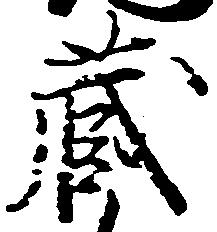
蔵